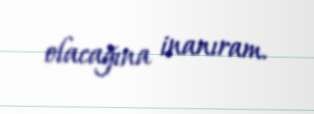
olacağına inanıram.